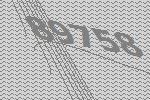
89758